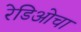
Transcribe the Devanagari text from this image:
रेडिओचा